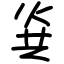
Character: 烡